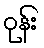
ဝုန်း